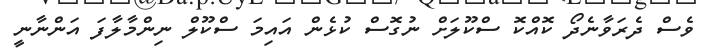
ވެސް ދެރަވާނެދޯ ކޮއްކޮ ސްކޫލަށް ނުގޮސް ކުޅެން އައިމަ ސްކޫލް ނިންމާލާފަ އަންނާނީ